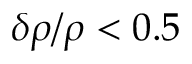
\delta \rho / \rho < 0 . 5 \